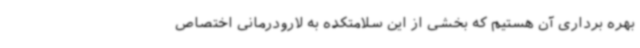
بهره برداری آن هستیم که بخشی از این سلامتکده به لارودرمانی اختصاص